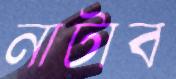
নাটাব